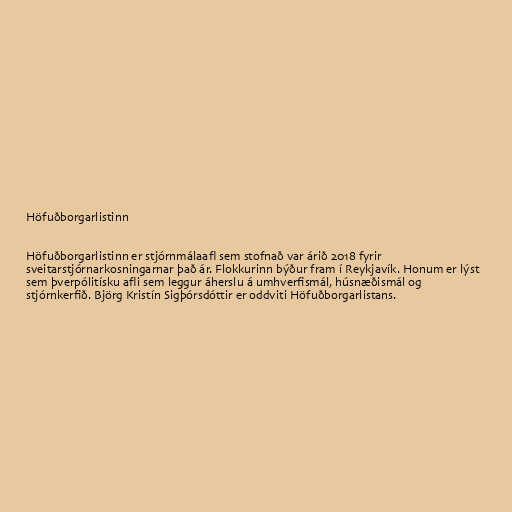
Höfuðborgarlistinn

Höfuðborgarlistinn er stjórnmálaafl sem stofnað var árið 2018 fyrir
sveitarstjórnarkosningarnar það ár. Flokkurinn býður fram í Reykjavík. Honum er lýst
sem þverpólitísku afli sem leggur áherslu á umhverfismál, húsnæðismál og
stjórnkerfið. Björg Kristín Sigþórsdóttir er oddviti Höfuðborgarlistans.